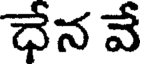
ధేన వే